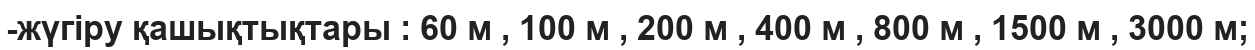
-жүгіру қашықтықтары : 60 м , 100 м , 200 м , 400 м , 800 м , 1500 м , 3000 м;